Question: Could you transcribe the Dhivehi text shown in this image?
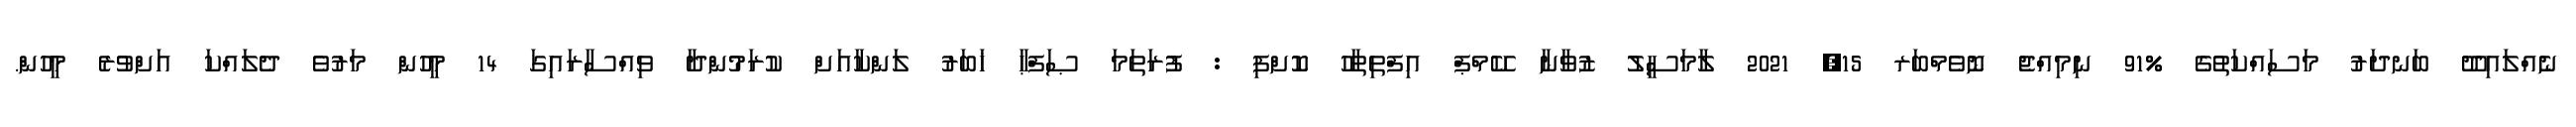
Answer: ނެއްލައިދޫ ބަނދަރު މަސައްކަތުގެ %91 ނިމިއްޖެ ނޮވެމްބަރ 15, 2021 ލާމަސީލު ޒުވާނާ ކޭމްޕް އިފްތިތާހު ކޮށްފި : ފުރަތަމަ ޞަފްޙާ ޚަބަރު ލަންކާއަށް ކުރަމުންދާ ވިއްސާރައިގަ 14 މީހުން މަރުވެ ދެލައްކަ އަށްވުރެ މީހުން.